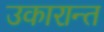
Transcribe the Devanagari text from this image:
उकारान्त